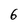
Character: 6